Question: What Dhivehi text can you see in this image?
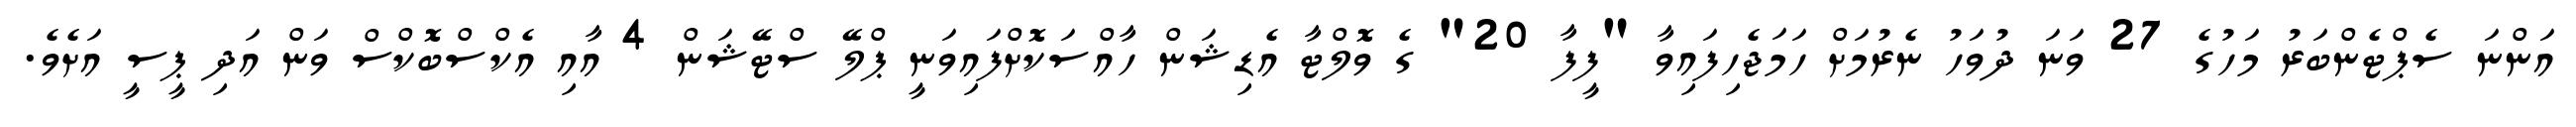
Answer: އަންނަ ސެޕްޓެންބަރު މަހުގެ 27 ވަނަ ދުވަހު ނެރުމަށް ހަމަޖެހިފައިވާ "ފީފާ 20" ގެ ވޮލްޓާ އެޑިޝަން ހާއްސަކޮށްފައިވަނީ ޕްލޭ ސްޓޭޝަން 4 އާއި އެކްސްބޮކްސް ވަން އަދި ޕީސީ އަށެވެ.